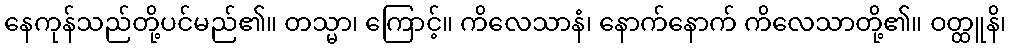
နေကုန်သည်တို့ပင်မည်၏။ တသ္မာ၊ ကြောင့်။ ကိလေသာနံ၊ နောက်နောက် ကိလေသာတို့၏။ ဝတ္ထူနိ၊